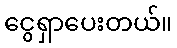
ငွေရှာပေးတယ်။